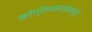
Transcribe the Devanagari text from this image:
काँग्रेसकार्यकर्ते